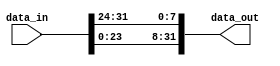

module circular_shift(data_out, data_in);

input [0:31] data_in;
output reg [0:31] data_out;

always@(data_in)
begin
data_out[0:23] = data_in[8:31];
data_out[24:31] = data_in[0:7];
end 

endmodule